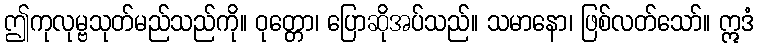
ဤကုလုမ္ဗသုတ်မည်သည်ကို။ ဝုတ္တော၊ ပြောဆိုအပ်သည်။ သမာနော၊ ဖြစ်လတ်သော်။ ဣဒံ